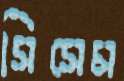
সিসেম